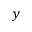
y